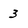
Character: 3